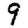
Digit: 9